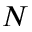
N